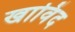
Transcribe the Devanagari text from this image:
खाविंद